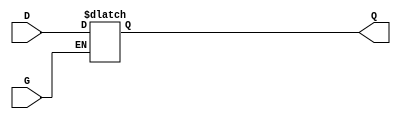
module gated_latch (
    input wire D,    // Data input
    input wire G,    // Gate control signal
    output reg Q     // Output
);

always @* begin
    if (G) begin
        Q = D;      // When G is HIGH, Q follows D
    end
    // When G is LOW, Q retains its previous value (hold state)
end

endmodule